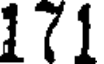
(1